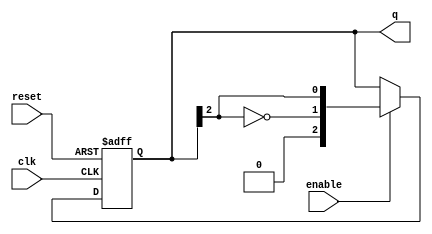
module johnson_counter #(
    parameter n = 3  // Number of bits for the Johnson counter
)(
    input wire clk,        // Clock signal
    input wire enable,     // Enable signal
    input wire reset,      // Asynchronous reset signal
    output reg [n-1:0] q   // Current state of the counter
);

    // Always block for the Johnson counter operation
    always @(posedge clk or posedge reset) begin
        if (reset) begin
            // Asynchronous reset: Set counter to zero
            q <= 0;
        end else if (enable) begin
            // Johnson counter logic: Update state on enable
            q <= {~q[n-1], q[n-1:n-1]}; // Feedback the inverted last bit
        end
        // If enable is low, hold the current state (no action needed)
    end

endmodule